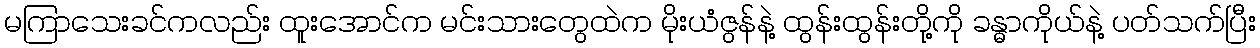
မကြာသေးခင်ကလည်း ထူးအောင်က မင်းသားတွေထဲက မိုးယံဇွန်နဲ့ ထွန်းထွန်းတို့ကို ခန္ဓာကိုယ်နဲ့ ပတ်သက်ပြီး